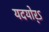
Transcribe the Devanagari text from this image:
यदयोर्ऽ